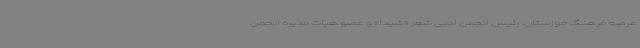
عرصه فرهنگ خوزستان، رئیس انجمن ادبی شعر «شیدا» و عضو هیات مدیره انجمن